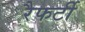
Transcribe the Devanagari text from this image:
रैफर्टी